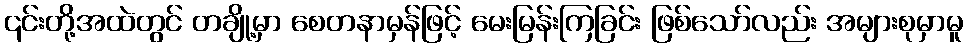
၎င်းတို့အထဲတွင် တချို့မှာ စေတနာမှန်ဖြင့် မေးမြန်းကြခြင်း ဖြစ်သော်လည်း အများစုမှာမူ